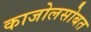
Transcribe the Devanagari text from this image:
काजोलसोबत